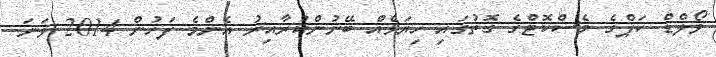
ވޯލްޑް ކަޕްގެ މެސްކޮޓްގެ ގޮތުގައި ހިޔަޅެއް ބޭނުންކުރާއިރު އެންމެ ފަހުން 2014 ވަނަ